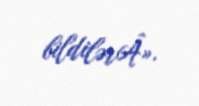
bildilərÂ».